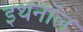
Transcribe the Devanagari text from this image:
इथनॉल